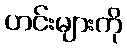
ဟင်းများကို